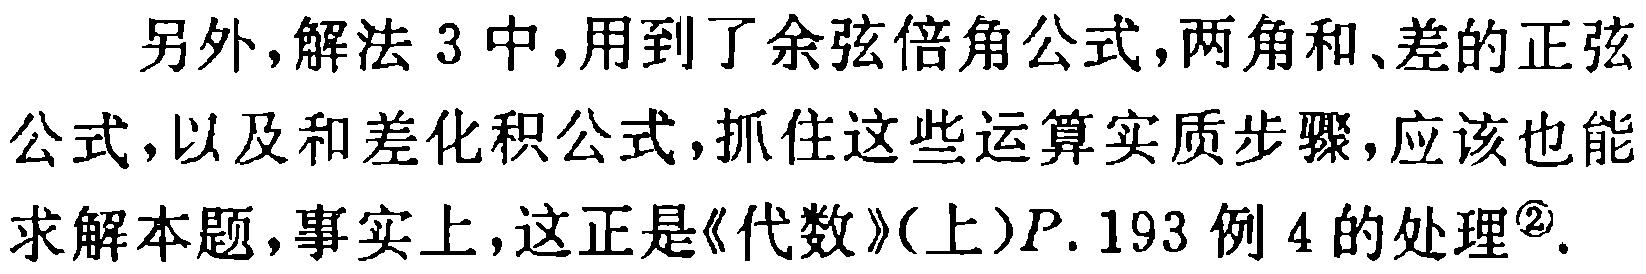
另外,解法 3 中,用到了余弦倍角公式,两角和、差的正弦公式,以及和差化积公式,抓住这些运算实质步骤,应该也能求解本题,事实上,这正是《代数》(上)$P.$193 例 4 的处理$^{\circled{2}}$.